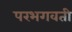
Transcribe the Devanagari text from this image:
परभगवती